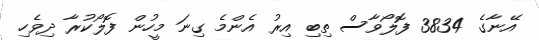
އޭނާގެ 3834 ފޮލޯވާސް ތިބި އިރު އެންމެ ގިނަ މީހުން ފޮލޯކުރާ ދިވެހި